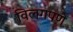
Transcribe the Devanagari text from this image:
विलगपणे